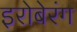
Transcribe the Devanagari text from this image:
इरोबेरंग